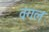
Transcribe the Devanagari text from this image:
वंगल